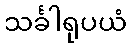
သင်္ခါရုပယံ